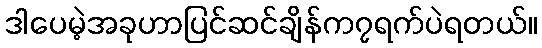
ဒါပေမဲ့အခုဟာပြင်ဆင်ချိန်က၇ရက်ပဲရတယ်။